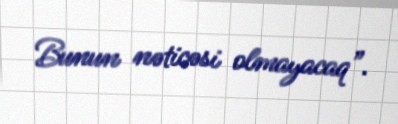
Bunun nəticəsi olmayacaq”.